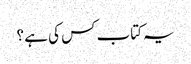
یہ کتاب کس کی ہے ؟